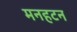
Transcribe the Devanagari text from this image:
मनहटन